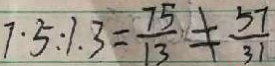
7 \cdot 5 : 1 . 3 = \frac { 7 5 } { 1 3 } \neq \frac { 5 7 } { 3 1 }